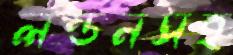
লন্ডনসহ